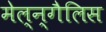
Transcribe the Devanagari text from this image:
मेल्न्गैलिस